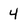
Character: 4